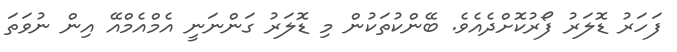
ފަހަރު ޑޮލަރު ފޯރުކޮށްދެއެވެ. ބޭންކުތަކުން މި ޑޮލަރު ގަންނަނީ އެމްއެމްއޭ އިން ނުވަތަ